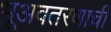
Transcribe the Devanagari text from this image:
भूअवतरणाची